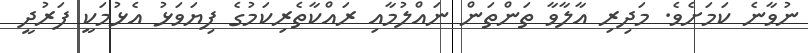
ނުވާނެ ކަމަށެވެ. މަދިރި އާލާވާ ތަންތަން ނައްލުމާއި ރައްކާތެރިކަމުގެ ފިޔަވަޅު އެޅުމަކީ ފަރުދީ